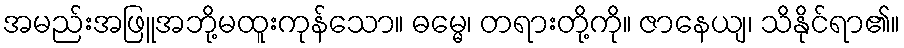
အမည်းအဖြူအဘို့မထူးကုန်သော။ ဓမ္မေ၊ တရားတို့ကို။ ဇာနေယျ၊ သိနိုင်ရာ၏။